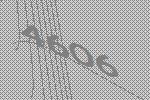
4606